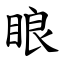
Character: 䀶